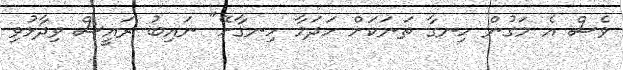
ވެސް އެ މަގުން ހިނގާ ތަނަކަށް ހަދަމާ ހިނގާށޭ" ނައިބު ރައީސް ވިދާޅުވި